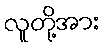
လူတို့အား